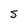
Character: S